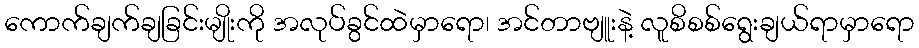
ကောက်ချက်ချခြင်းမျိုးကို အလုပ်ခွင်ထဲမှာရော၊ အင်တာဗျူးနဲ့ လူစိစစ်ရွေးချယ်ရာမှာရော